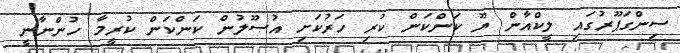
ސިންގަޕޫރުގައި ލީކްއާން ޔޫ ކަންކަން ކުރި ހަރުކަށި އުސޫލުން ކަންކަން ކުރީމާ ހުންނާނީ